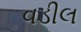
વડીલ